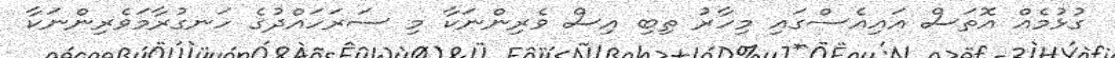
ގުޅުމެއް އޮތަސް އައިއެސްގައި މިހާރު ތިބި އިސް ވެރިންނަކާ މި ސަރަހައްދުގެ ހަނގުރާމަވެރިންނަކާ